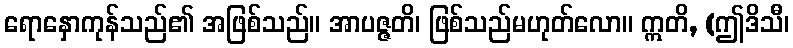
ရောနှောကုန်သည်၏ အဖြစ်သည်။ အာပဇ္ဇတိ၊ ဖြစ်သည်မဟုတ်လော။ ဣတိ, (ဤဒိသီ၊